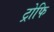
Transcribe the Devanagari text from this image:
ट्रोफि